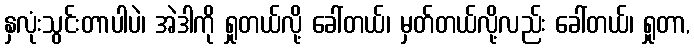
နှလုံးသွင်းတာပါပဲ၊ အဲဒါကို ရှုတယ်လို့ ခေါ်တယ်၊ မှတ်တယ်လို့လည်း ခေါ်တယ်၊ ရှုတာ,